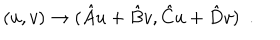
LaTeX: ( u , v ) \rightarrow ( { { \hat { A } u + \hat { B } v } , { \hat { C } u + \hat { D } v } } ) \, \, \, .